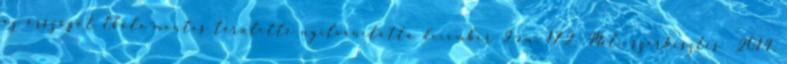
az országot Ebola-mentes területté nyilvánította december 2-án. 172 Mali szerkesztés 2014.